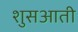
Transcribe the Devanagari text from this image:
शुसआती